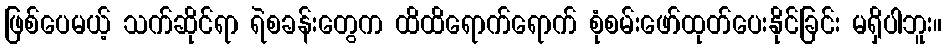
ဖြစ်ပေမယ့် သက်ဆိုင်ရာ ရဲစခန်းတွေက ထိထိရောက်ရောက် စုံစမ်းဖော်ထုတ်ပေးနိုင်ခြင်း မရှိပါဘူး။